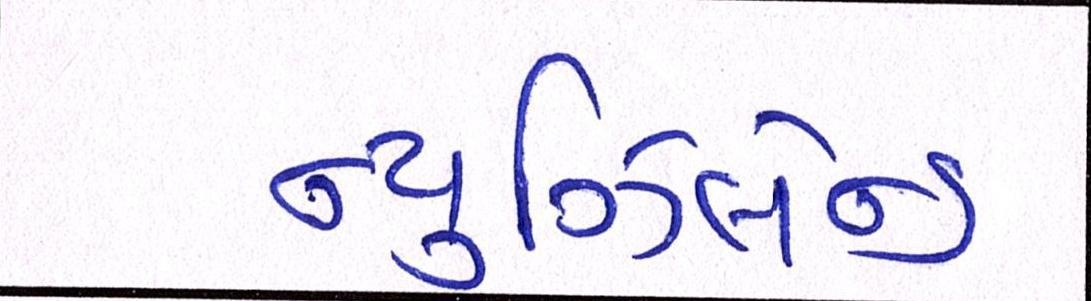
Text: ન્યૂઝિલેન્ડ